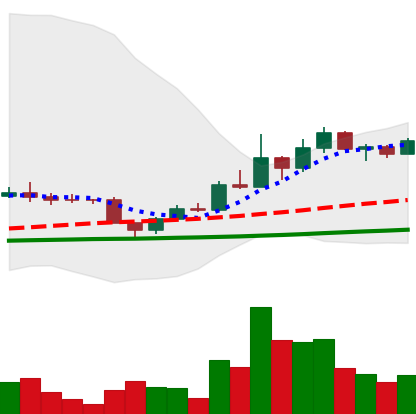
Ticker: DOGE-USD
Chart end date: 2022-12-04
Forward return: -7.311%
Label: down_7plus